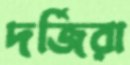
দর্জিরা